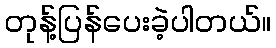
တုန့်ပြန်ပေးခဲ့ပါတယ်။